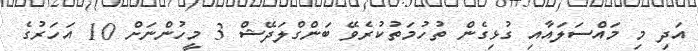
އަދި މި މައްސަލައާއި ގުޅިގެން ތުހުމަތުކުރެވޭ ބަންގްލަދޭޝް 3 މީހުންނަށް 10 އަހަރުގެ